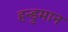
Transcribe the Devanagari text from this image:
हन्डुमान